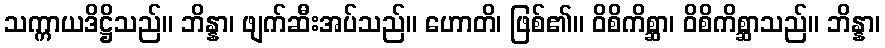
သက္ကာယဒိဋ္ဌိသည်။ ဘိန္နာ၊ ဖျက်ဆီးအပ်သည်။ ဟောတိ၊ ဖြစ်၏။ ဝိစိကိစ္ဆာ၊ ဝိစိကိစ္ဆာသည်။ ဘိန္နာ၊